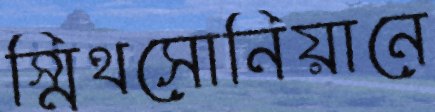
স্মিথসোনিয়ানে